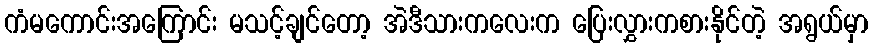
ကံမကောင်းအကြောင်း မသင့်ချင်တော့ အဲဒီသားကလေးက ပြေးလွှားကစားနိုင်တဲ့ အရွယ်မှာ